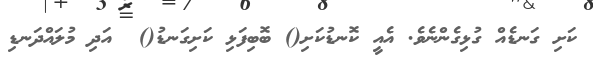
ކަށި ގަނޑެއް ގުޅިގެންނެވެ. އެއީ ކޮނޑުކަށި() ބޮބިފަޅި ކަށިގަނޑު()  އަދި މުލައްދަނޑި